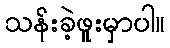
သန်းခဲ့ဖူးမှာပါ။